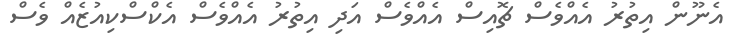
އެނޫން އިތުރު އެއްވެސް ޗޮއިސް އެއްވެސް އަދި އިތުރު އެއްވެސް އެކްސްކިއުޒެއް ވެސް